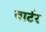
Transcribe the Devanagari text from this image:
बार्टर